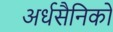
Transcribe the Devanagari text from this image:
अर्धसैनिकों